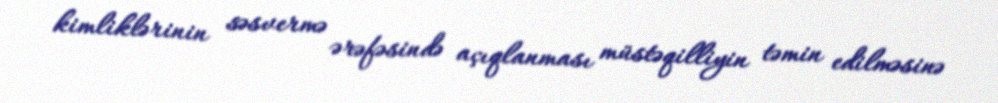
kimliklərinin səsvermə ərəfəsində açıqlanması müstəqilliyin təmin edilməsinə